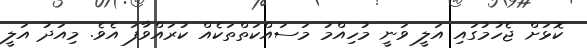
ކޮޅަށް ޖެހުމުގައި އަލީ ވަނީ މުހިއްމު މަސައްކަތްތަކެއް ކުރައްވާފަ އެވެ. މިއަދު އަލީ